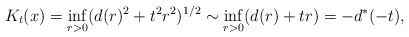
\begin{align*}K_t(x) = \inf_{r > 0} (d(r)^2 + t^2 r^2)^{1/2}\sim\inf_{r > 0} (d(r) + t r)=-d^*(-t),\end{align*}